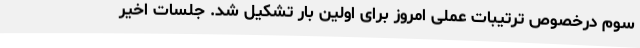
سوم درخصوص ترتیبات عملی امروز برای اولین بار تشکیل شد. جلسات اخیر